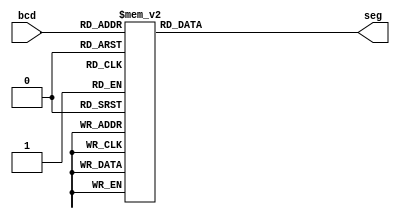
module bcd_to_7seg(
    input [3:0] bcd,
    output reg [6:0] seg  // Assuming that '0' is LED on and '1' is LED off
);
    always @(bcd)
    begin
        case(bcd)
            // gfe_dcba - segments
            4'b0000: seg = 7'b1000000; // '0'
            4'b0001: seg = 7'b1111001; // '1'
            4'b0010: seg = 7'b0100100; // '2'
            4'b0011: seg = 7'b0110000; // '3'
            4'b0100: seg = 7'b0011001; // '4'
            4'b0101: seg = 7'b0010010; // '5'
            4'b0110: seg = 7'b0000010; // '6'
            4'b0111: seg = 7'b1111000; // '7'
            4'b1000: seg = 7'b0000000; // '8'
            4'b1001: seg = 7'b0010000; // '9'
            default: seg = 7'b1111111; // Off
        endcase
    end
endmodule